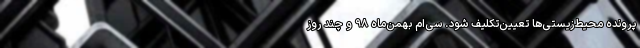
پرونده محیط‌زیستی‌ها تعیین‌تکلیف شود. سی‌ام بهمن‌ماه ۹۸ و چند روز